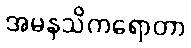
အမနသိကရောတာ